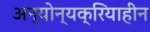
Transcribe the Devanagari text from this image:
अन्योन्यक्रियाहीन